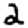
Digit: 2